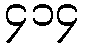
၄၁၄